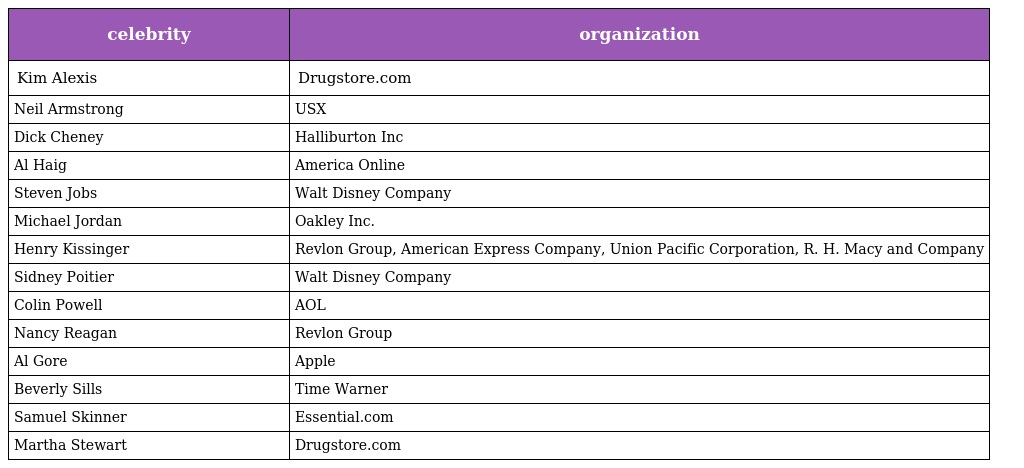
| celebrity | organization |
 | --- | --- |
 | Kim Alexis | Drugstore.com |
 | Neil Armstrong | USX |
 | Dick Cheney | Halliburton Inc |
 | Al Haig | America Online |
 | Steven Jobs | Walt Disney Company |
 | Michael Jordan | Oakley Inc. |
 | Henry Kissinger | Revlon Group, American Express Company, Union Pacific Corporation, R. H. Macy and Company |
 | Sidney Poitier | Walt Disney Company |
 | Colin Powell | AOL |
 | Nancy Reagan | Revlon Group |
 | Al Gore | Apple |
 | Beverly Sills | Time Warner |
 | Samuel Skinner | Essential.com |
 | Martha Stewart | Drugstore.com |